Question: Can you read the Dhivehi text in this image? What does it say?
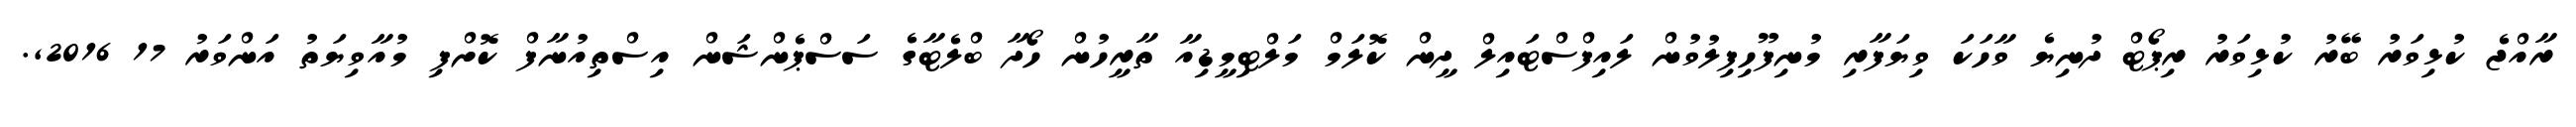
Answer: ރާއްޖެ ކުޅިވަރު ބޭރު ކުޅިވަރު ރިޕޯޓް ދުނިޔެ ވާހަކަ ވިޔަފާރި މުނިފޫހިފިލުވުން ލައިފްސްޓައިލް ދީން ކޮލަމް މަލްޓިމީޑިއާ ތާރީހުން ހޯދާ ބްލެޓާގެ ސަސްޕެންޝަން އިސްތިއުނާފް ކޮށްފި މުއާވިޔަތު އަންވަރު 17 2016,.